Tezpur Lunatic Asylum reports 1895-1904 - 1895-1904
Year: 1895
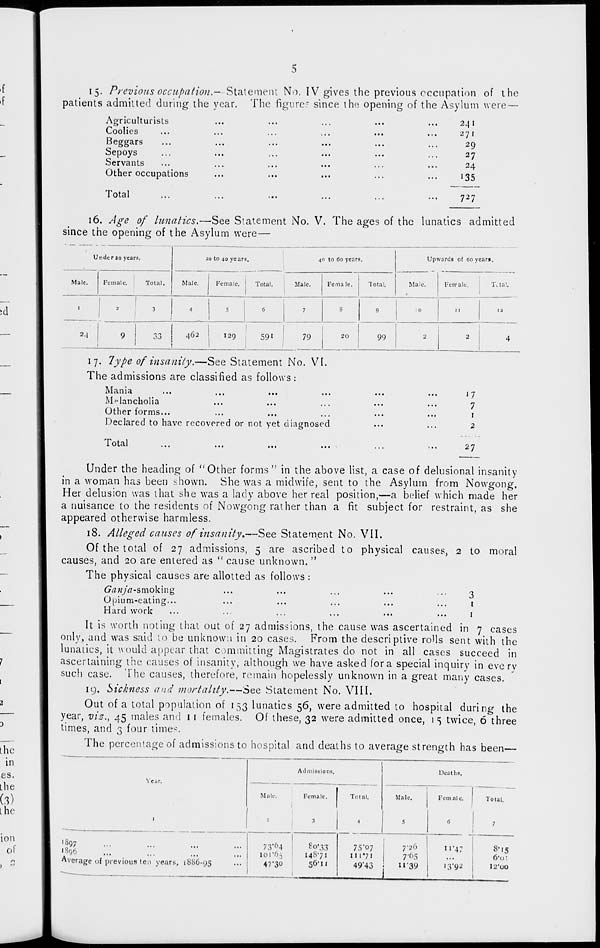
i5- Previous occupation.--Statement No. IV gives the previous occupation of the
patients admitted during the year. The figure?- since the opening of the Asylum were—
Agriculturists
Coolies
Beggars
Sepoys
Servants
Other occupations
Total
24 1
271
29
27
24
'35
727
16. Age of lunatics.—-See Statement No. V. The ages of the lunatics admitted
since the opening of the Asylum were—
u rider 20 years.
1
20 to 40 years.
4° to 60 years.
Upwards of 60 years.
Male.
Female.
Total.
Male.
Female, j Total.
Male.
Fema le.
Total.
Male.
Fcrrale.
TUal.
i
1
I
2
3
I
4
.
|
.
7
S
9
:o
11
12
2.|
9
1
33
462
129 i
591
79
1
1
'
20
99
2
2
4
17. Type of insanity.—See Statement No. VI.
The admissions are classified as follows :
Mania
Melancholia
Other forms...
Declared to have recovered or not yet diagnosed
1 otal
...
...
...
...
'7
7
1
2
27
Under the heading of "Other forms" in the above list, a case of delusional insanity
in a woman has been shown. She was a midwife, sent to the Asylum from Nowgong.
Her delusion was that she was a lady above her real position,--a belief which made her
a nuisance to the residents of Nowgong rather than a fit subject for restraint, as she
appeared otherwise harmless.
18. Alleged causes of insanity,—See Statement No. VII.
Of the total of 27 admissions, 5 are ascribed to physical causes, 2 to moral
causes, and 20 are entered as " cause unknown. "
The physical causes are allotted as follows :
Ganja -smoking
Opium-eating...
Hard work
3
i
1
It is worth noting that out of 27 admissions, the cause was ascertained in 7 cases
only, and was said to be unknown in 20 cases. From the descriptive rolls sent with the
lunatics, it would appear that committing Magistrates do not in all cases succeed in
ascertaining the causes of insanity, although we have asked for a special inquiry in every
such case. The causes, therefore, remain hopelessly unknown in a great many cases.
19. Sickness and mortality.—See Statement No. VIII.
Out of a total population of 153 lunatics 56, were admitted to hospital during the
year, viz., 45 males and 11 females. Of these, 32 were admitted once, 1 5 twice, 6 three
times, and 3 four times.
The percentage of admissions to hospital and deaths to average strength has been—
Admissions,
Deaths.
I
Male.
Female.
2
3
Total.
4
Male.
5
Female.
6
Total,
7
■897
1896
Average of previous ten years, 1886*95
73'°4
loi'6.5
47'30
807,3
14S71
56-11
75-07
II 171
49'43
7-26
7'6S
n-39
11-47
I3'92
8-15
6-o:
12-00